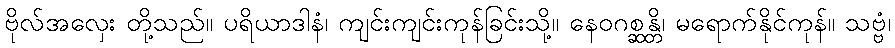
ဗိုလ်အလှေး တို့သည်။ ပရိယာဒါနံ၊ ကျင်းကျင်းကုန်ခြင်းသို့။ နေဝဂစ္ဆန္တိ၊ မရောက်နိုင်ကုန်။ သဗ္ဗံ၊